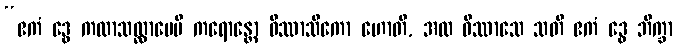
“ဧကံ ဒွေ ကထာသလ္လာပေပိ ကရောန္တော ဝိဿာသိကော ဟောတိ, အထ ဝိဿာသေ သတိ ဧကံ ဒွေ ဘိက္ခာ